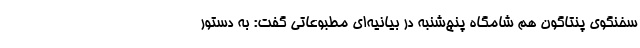
سخنگوی پنتاگون هم شامگاه پنج‌شنبه در بیانیه‌ای مطبوعاتی گفت: به دستور